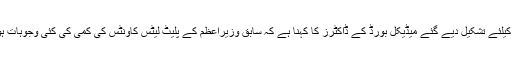
نواز شریف کیلئے تشکیل دیے گئے میڈیکل بورڈ کے ڈاکٹرز کا کہنا ہے کہ سابق وزیراعظم کے پلیٹ لیٹس کاونٹس کی کمی کی کئی وجوہات ہو سکتی ہیں۔